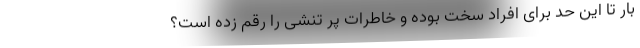
بار تا این حد برای افراد سخت بوده و خاطرات پر تنشی را رقم زده است؟